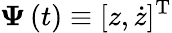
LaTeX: \boldsymbol{\Psi}\left(t\right)\equiv\left[z,\dot{z}\right]{}^{\mathrm{T}}